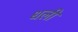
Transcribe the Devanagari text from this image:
धली